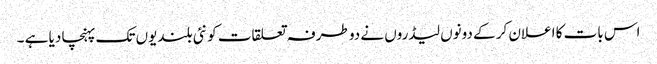
اس بات کا اعلان کر کے دونوں لیڈروں نے دو طرفہ تعلقات کو نئی بلندیوں تک پہنچا دیا ہے ۔